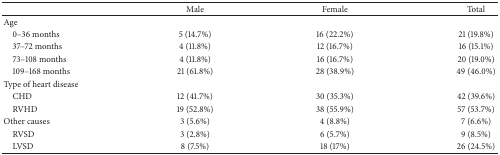
<table><thead><tr><td>[EMPTY_CELL]</td><td><b>Male</b></td><td><b>Female</b></td><td><b>Total</b></td></tr></thead><tbody><tr><td>Age</td><td>[EMPTY_CELL]</td><td>[EMPTY_CELL]</td><td>[EMPTY_CELL]</td></tr><tr><td> 0–36 months</td><td>5 (14.7%)</td><td>16 (22.2%)</td><td>21 (19.8%)</td></tr><tr><td> 37–72 months</td><td>4 (11.8%)</td><td>12 (16.7%)</td><td>16 (15.1%)</td></tr><tr><td> 73–108 months</td><td>4 (11.8%)</td><td>16 (16.7%)</td><td>20 (19.0%)</td></tr><tr><td> 109–168 months</td><td>21 (61.8%)</td><td>28 (38.9%)</td><td>49 (46.0%)</td></tr><tr><td>Type of heart disease</td><td>[EMPTY_CELL]</td><td>[EMPTY_CELL]</td><td>[EMPTY_CELL]</td></tr><tr><td> CHD</td><td>12 (41.7%)</td><td>30 (35.3%)</td><td>42 (39.6%)</td></tr><tr><td> RVHD</td><td>19 (52.8%)</td><td>38 (55.9%)</td><td>57 (53.7%)</td></tr><tr><td>Other causes</td><td>3 (5.6%)</td><td>4 (8.8%)</td><td>7 (6.6%)</td></tr><tr><td> RVSD</td><td>3 (2.8%)</td><td>6 (5.7%)</td><td>9 (8.5%)</td></tr><tr><td> LVSD</td><td>8 (7.5%)</td><td>18 (17%)</td><td>26 (24.5%)</td></tr></tbody></table>